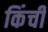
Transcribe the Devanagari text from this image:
किंची